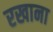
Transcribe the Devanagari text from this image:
रखाना